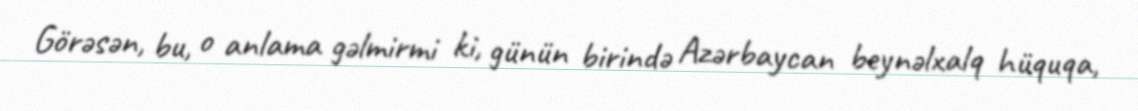
Görəsən, bu, o anlama gəlmirmi ki, günün birində Azərbaycan beynəlxalq hüquqa,